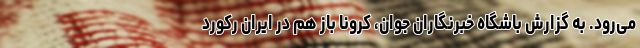
می‌رود. به گزارش باشگاه خبرنگاران جوان، کرونا باز هم در ایران رکورد